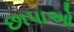
છાપાઓ